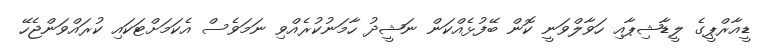
ޑީއާރްޕީގެ ލީޑާޝިޕާއި ހަވާލްވަނީ ކޮން ބޭފުޅެއްކަން ނަޝީދު ހާމަނުކުރެއްވި ނަމަވެސް އެކަމަށްޓަކައި ކުރައްވަންޖެހޭ